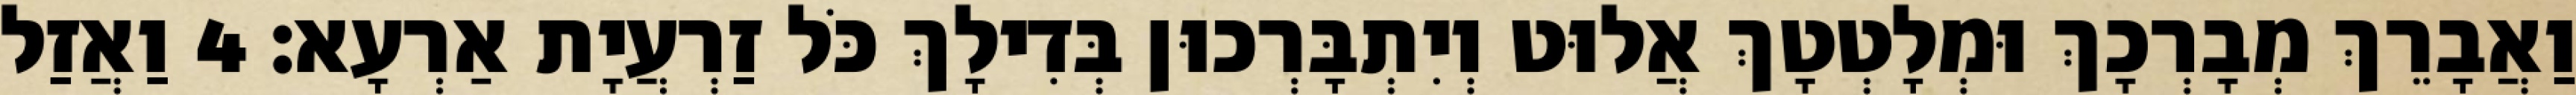
וַאֲבָרֵךְ מְבָרְכָךְ וּמְלָטְטָךְ אֲלוּט וְיִתְבָּרְכוּן בְּדִילָךְ כֹּל זַרְעֲיָת אַרְעָא׃ 4 וַאֲזַל